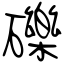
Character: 礫